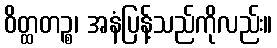
ဝိတ္ထတဉ္စ၊ အနံပြန့်သည်ကိုလည်း။